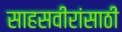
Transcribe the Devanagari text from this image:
साहसवीरांसाठी